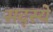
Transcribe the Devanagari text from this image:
सद्स्ये